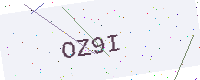
Text: OZ9I